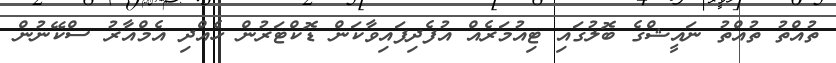
ތުއްތު ތުއްތު ނައީޝްގެ ބޮލުގައި ޓިއުމަރެއް އުފެދިފައިވާކަން ޑޮކްޓަރުން ހެއްދި އެމްއާރު ސްކޭނުން